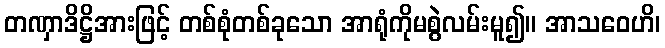
တဏှာဒိဋ္ဌိအားဖြင့် တစ်စုံတစ်ခုသော အာရုံကိုမစွဲလမ်းမူ၍။ အာသဝေဟိ၊